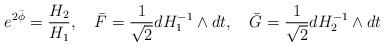
LaTeX: \begin{align*}e^{2\bar \phi} = { H_2 \over H_1},~~~ \bar F = { 1 \over \sqrt 2}dH_1^{-1}\wedge dt,~~~ \bar G = { 1 \over \sqrt 2}dH_2^{-1}\wedge dt\end{align*}